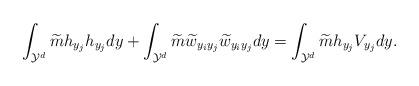
LaTeX: \begin{align*} \int_{\mathcal{Y}^d} \widetilde{m}h_{y_j}h_{y_j} dy+\int_{\mathcal{Y}^d}\widetilde{m}\widetilde{w}_{y_iy_j}\widetilde{w}_{y_iy_j} dy=\int_{\mathcal{Y}^d}\widetilde{m}h_{y_j}V_{y_j} dy. \end{align*}